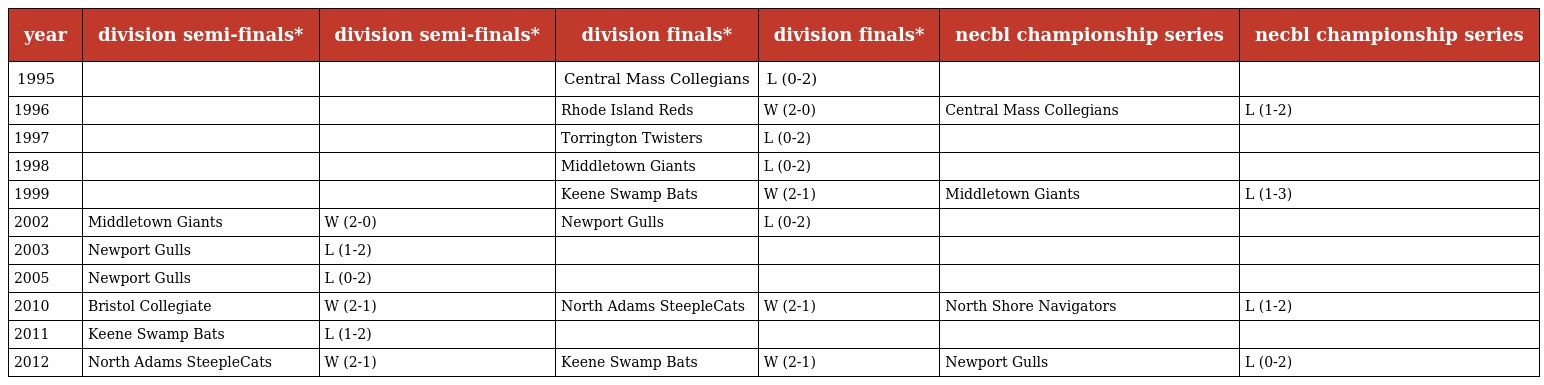
| year | division semi-finals* | division semi-finals* | division finals* | division finals* | necbl championship series | necbl championship series |
 | --- | --- | --- | --- | --- | --- | --- |
 | 1995 |  |  | Central Mass Collegians | L (0-2) |  |  |
 | 1996 |  |  | Rhode Island Reds | W (2-0) | Central Mass Collegians | L (1-2) |
 | 1997 |  |  | Torrington Twisters | L (0-2) |  |  |
 | 1998 |  |  | Middletown Giants | L (0-2) |  |  |
 | 1999 |  |  | Keene Swamp Bats | W (2-1) | Middletown Giants | L (1-3) |
 | 2002 | Middletown Giants | W (2-0) | Newport Gulls | L (0-2) |  |  |
 | 2003 | Newport Gulls | L (1-2) |  |  |  |  |
 | 2005 | Newport Gulls | L (0-2) |  |  |  |  |
 | 2010 | Bristol Collegiate | W (2-1) | North Adams SteepleCats | W (2-1) | North Shore Navigators | L (1-2) |
 | 2011 | Keene Swamp Bats | L (1-2) |  |  |  |  |
 | 2012 | North Adams SteepleCats | W (2-1) | Keene Swamp Bats | W (2-1) | Newport Gulls | L (0-2) |